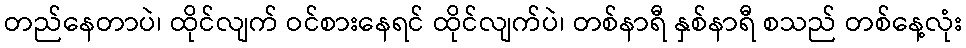
တည်နေတာပဲ၊ ထိုင်လျက် ဝင်စားနေရင် ထိုင်လျက်ပဲ၊ တစ်နာရီ နှစ်နာရီ စသည် တစ်နေ့လုံး